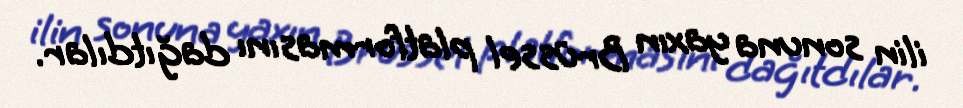
ilin sonuna yaxın Brüssel platformasını dağıtdılar.